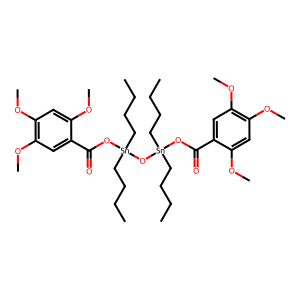
SMILES: CCCC[Sn](CCCC)(OC(=O)c1cc(OC)c(OC)cc1OC)O[Sn](CCCC)(CCCC)OC(=O)c1cc(OC)c(OC)cc1OC
Inhibits HIV replication: No